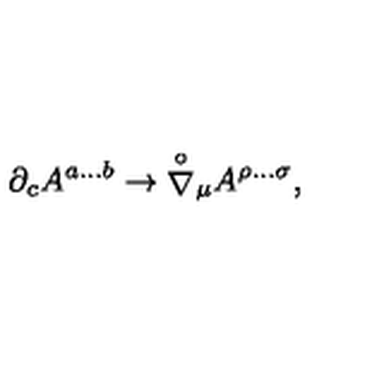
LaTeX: { \partial } _ { c } A ^ { a \dots b } \rightarrow { \stackrel { \circ } { \nabla } } { } _ { \mu } A ^ { \rho \dots \sigma } ,